Plague in India, 1896, 1897 - Volume 1
Year: 1896
Disease focus: Plague
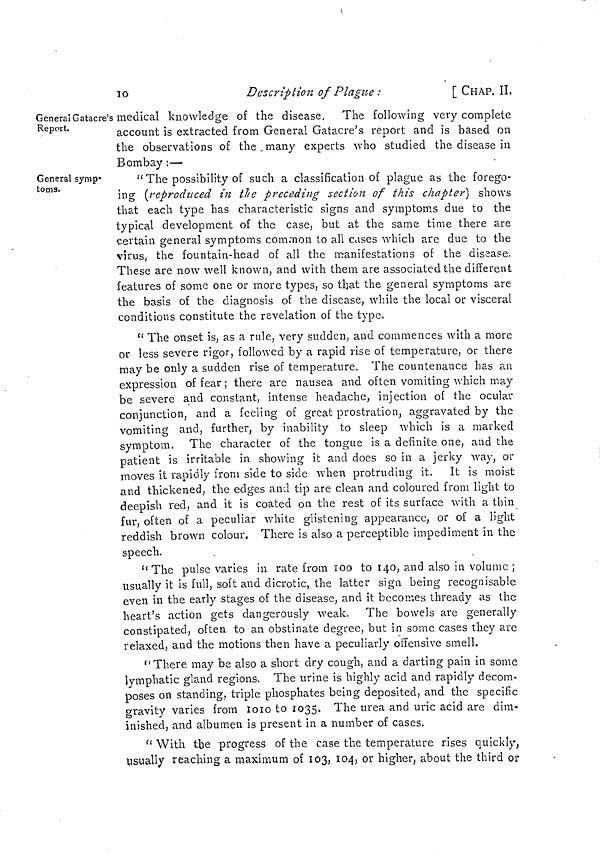
10
Description of Plague :
[ CHAP. II.
General Gatacre's
Report.
medical knowledge of the disease. The following very complete
account is extracted from General Gatacre's report and is based on
the observations of the many experts who studied the disease in
Bombay :—
General symp-
toms.
" The possibility of such a classification of plague as the forego-
ing (reproduced in the preceding section of this chapter] shows
that each type has characteristic signs and symptoms due to the
typical development of the case, but at the same time there are
certain general symptoms common to all cases which are due to the
virus, the fountain-head of all the manifestations of the disease.
These are now well known, and with them are associated the different
features of some one or more types, so that the general symptoms are
the basis of the diagnosis of the disease, while the local or visceral
conditions constitute the revelation of the type.
" The onset is, as a rule, very sudden, and commences with a more
or less severe rigor, followed by a rapid rise of temperature, or there
may be only a sudden rise of temperature. The countenance has an
expression of fear ; there are nausea and often vomiting which may
be severe and constant, intense headache, injection of the ocular
conjunction, and a feeling of great prostration, aggravated by the
vomiting and, further, by inability to sleep which is a marked
symptom. The character of the tongue is a definite one, and the
patient is irritable in showing it and does so in a jerky way, or
moves it rapidly from side to side when protruding it. It is moist
and thickened, the edges and tip are clean and coloured from light to
deepish red, and it is coated on the rest of its surface with a thin
fur, often of a peculiar white glistening appearance, or of a light
reddish brown colour. There is also a perceptible impediment in the
speech.
"The pulse varies in rate from 100 to 140, and also in volume ;
usually it is full, soft and dicrotic, the latter sign being recognisable
even in the early stages of the disease, and it becomes thready as the
heart's action gets dangerously weak. The bowels are generally
constipated, often to an obstinate degree, but in some cases they are
relaxed, and the motions then have a peculiarly offensive smell.
"There may be also a short dry cough, and a darting pain in some
lymphatic gland regions. The urine is highly acid and rapidly decom-
poses on standing, triple phosphates being deposited, and the specific
gravity varies from 1010 to 1035. The urea and uric acid are dim-
inished, and albumen is present in a number of cases.
" With the progress of the case the temperature rises quickly,
Usually reaching a maximum of 103, 104, or higher, about the third or